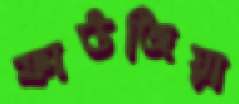
ফাউজিয়া